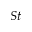
S t